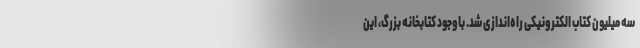
سه میلیون کتاب الکترونیکی راه‌اندازی شد. باوجود کتابخانه بزرگ، این